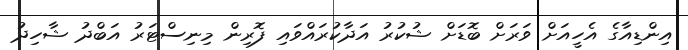
އިންޑިއާގެ އެހީއަށް ވަރަށް ބޮޑަށް ޝުކުރު އަދާކުރައްވައި ފޮރިން މިނިސްޓަރު އަބްދު ޝާހިދު